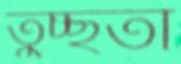
তুচ্ছতা